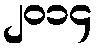
၂၀၁၄